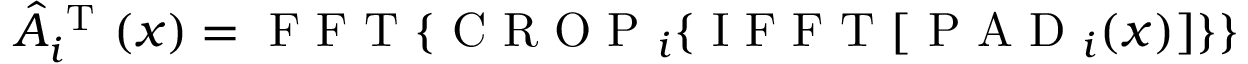
\hat { A } _ { i } ^ { \mathrm { ~ T ~ } } ( x ) = \mathrm { ~ F ~ F ~ T ~ } \{ \mathrm { ~ C ~ R ~ O ~ P ~ } _ { i } \{ \mathrm { ~ I ~ F ~ F ~ T ~ } [ \mathrm { ~ P ~ A ~ D ~ } _ { i } ( x ) ] \} \}